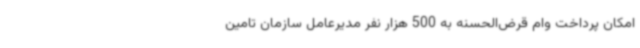
امکان پرداخت وام قرض‌الحسنه به 500 هزار نفر مدیرعامل سازمان تامین